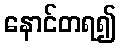
နောင်တရ၍